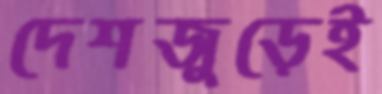
দেশজুড়েই